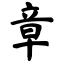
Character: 章